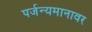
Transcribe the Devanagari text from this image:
पर्जन्यमानावर